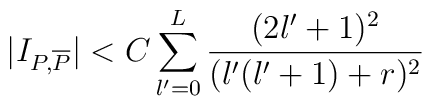
\vert I_{P,\overline{P}}\vert < C\sum_{l'=0}^{L}{(2l'+1)^2\over (l'(l'+1)+r)^2}